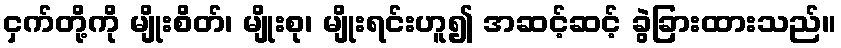
ငှက်တို့ကို မျိုးစိတ်၊ မျိုးစု၊ မျိုးရင်းဟူ၍ အဆင့်ဆင့် ခွဲခြားထားသည်။